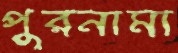
পুরনামা